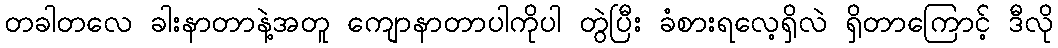
တခါတလေ ခါးနာတာနဲ့အတူ ကျောနာတာပါကိုပါ တွဲပြီး ခံစားရလေ့ရှိလဲ ရှိတာကြောင့် ဒီလို